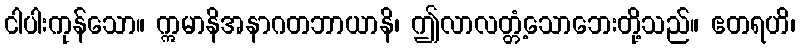
ငါပါးကုန်သော။ ဣမာနိအနာဂတဘာယာနိ၊ ဤလာလတ္တံ့သောဘေးတို့သည်။ ဧတရဟိ၊